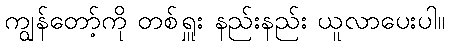
ကျွန်တော့်ကို တစ်ရှူး နည်းနည်း ယူလာပေးပါ။